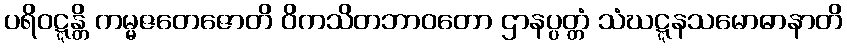
ပရိဝဋ္ဋန္တိ ကမ္မဇတေဇောတိ ဝိကသိတဘာဝတော ဌာနပ္ပတ္တံ သံဃဋ္ဋနသမောဓာနာတိ